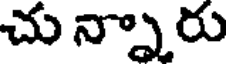
చు న్నారు